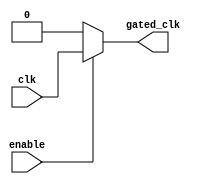
module ClockGating(
    input wire clk,        // Primary clock signal
    input wire enable,     // Enable signal for clock gating
    output wire gated_clk  // Gated clock output
);
    // Gated clock logic
    assign gated_clk = enable ? clk : 1'b0; // If enable is high, pass through clock; else, output 0
endmodule